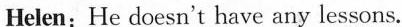
Helen: He doesn't have any lessons.